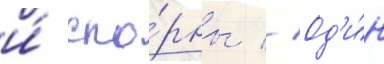
и́ спо́рны // Од'и́н